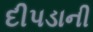
દીપડાની